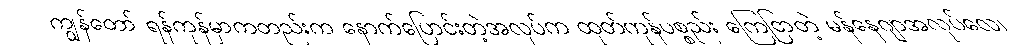
ကျွန်တော် ရန်ကုန်မှာကတည်းက နောက်ပြောင်းတဲ့အလုပ်က ထုတ်ကုန်ပစ္စည်း ကြေငြာတဲ့ မန်နေဂျာအလုပ်လေ၊